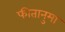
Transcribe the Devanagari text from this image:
फीतानुमा